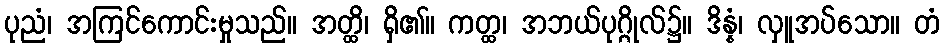
ပုညံ၊ အကြင်ကောင်းမှုသည်။ အတ္ထိ၊ ရှိ၏။ ကတ္ထ၊ အဘယ်ပုဂ္ဂိုလ်၌။ ဒိန္နံ၊ လှူအပ်သော။ တံ